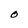
Character: O